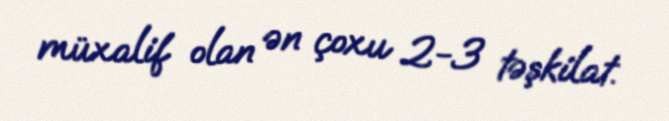
müxalif olan ən çoxu 2-3 təşkilat.